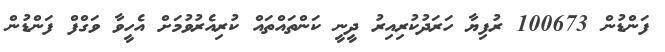
ފަންޑުން 100673 ރުފިޔާ ހަރަދުކުރިއިރު ދީނީ ކަންތައްތައް ކުރިއެރުވުމަށް އެހީވާ ވަގްފް ފަންޑުން